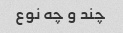
چند و چه نوع